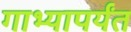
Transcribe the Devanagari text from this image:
गाभ्यापर्यंत